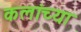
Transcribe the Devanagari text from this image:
कलांच्‍या